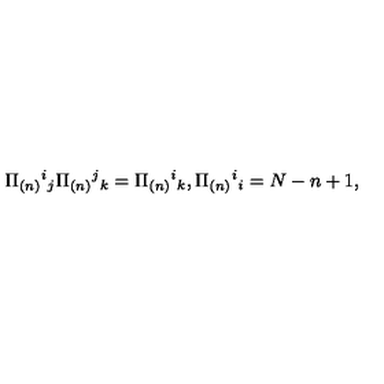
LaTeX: \Pi _ { ( n ) } { } ^ { i } { } _ { j } \Pi _ { ( n ) } { } ^ { j } { } _ { k } = \Pi _ { ( n ) } { } ^ { i } { } _ { k } , \Pi _ { ( n ) } { } ^ { i } { } _ { i } = N - n + 1 ,